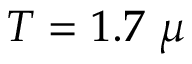
T = 1 . 7 ~ \mu